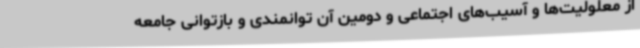
از معلولیت‌ها و آسیب‌های اجتماعی و دومین آن توانمندی و بازتوانی جامعه